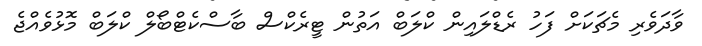
ވާދަވެރި މެޗަކަށް ފަހު ރެޑްލައިން ކްލަބް އަތުން ޓީރެކްސް ބާސްކެޓްބޯލް ކްލަބް މޮޅުވެއްޖެ